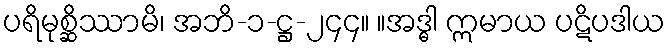
ပရိမုစ္ဆိဿာမိ၊ အဘိ-၁-ဋ္ဌ-၂၄၄။ ။အဒ္ဓါ ဣမာယ ပဋိပဒါယ